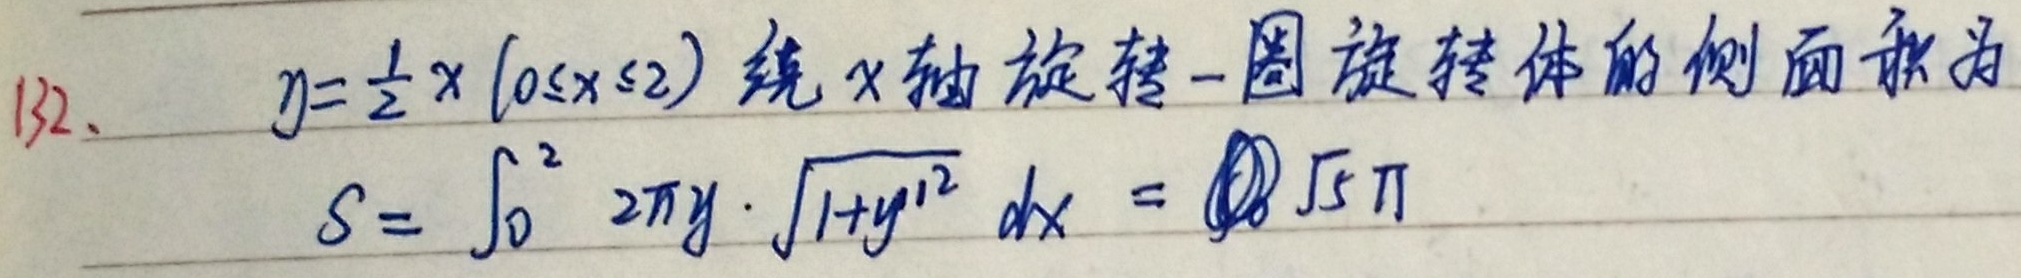
132、\(y = \frac{1}{2}x(0\leq x\leq2)\)绕\(x\)轴旋转一圈旋转体的侧面积为
\[
S = \int_{0}^{2} 2\pi y\cdot\sqrt{1 + y'^{2}}\,dx = \textcircled{?}\sqrt{5}\pi
\]